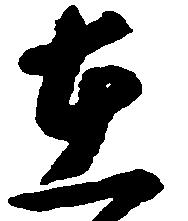
在